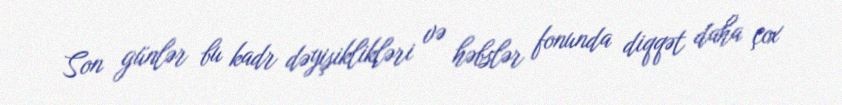
Son günlər bu kadr dəyişiklikləri və həbslər fonunda diqqət daha çox